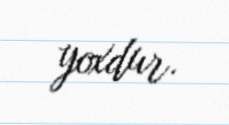
yoxdur.